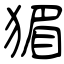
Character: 猸